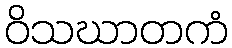
ဝိသဃာတကံ